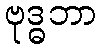
ဗုဒ္ဓဘာ